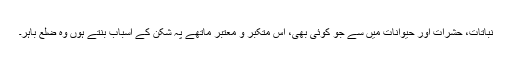
نباتات، حشرات اور حیوانات میں سے جو کوئی بھی، اُس متکبر و معتبر ماتھے پہ شکن کے اسباب بنتے ہوں وہ ضلع باہر۔